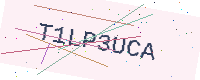
Text: T1LP3UCA